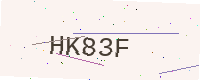
Text: HK83F